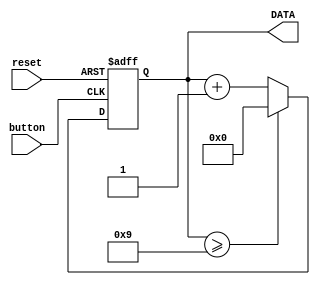
`timescale 1ns / 1ps
//////////////////////////////////////////////////////////////////////////////////
// Company: 
// Engineer: 
// 
// Design Name: 
// Module Name: counter
// Project Name: 
// Target Devices: 
// Tool Versions: 
// Description: 
// 
// Dependencies: 
// 
// Revision:
// Revision 0.01 - File Created
// Additional Comments:
// 
//////////////////////////////////////////////////////////////////////////////////


module counter(reset, button, DATA);
    input button, reset;
    output reg [3:0] DATA;
    initial DATA = 0;
    
    always @(posedge button or posedge  reset) begin
        if (reset) begin        // if the reset button is pressed, DATA = 0
            DATA <= 0;
        end
        else begin
            DATA <= DATA + 1;
            if (DATA >= 9) begin
                DATA <= 0;
            end                    
        end
    end

endmodule